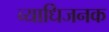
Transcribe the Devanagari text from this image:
व्‍याधिजनक